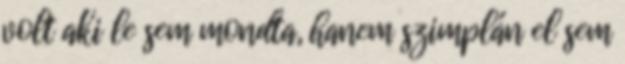
volt aki le sem mondta, hanem szimplán el sem